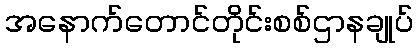
အနောက်တောင်တိုင်းစစ်ဌာနချုပ်